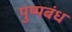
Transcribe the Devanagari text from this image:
पुष्पबंध